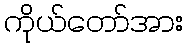
ကိုယ်တော်အား